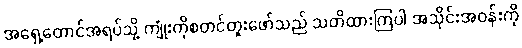
အရှေ့တောင်အရပ်သို့ ကျုံးကိုစတင်တူးဖော်သည် သတိထားကြပါ အသိုင်းအဝန်းကို